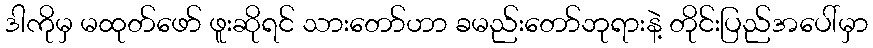
ဒါကိုမှ မထုတ်ဖော် ဖူးဆိုရင် သားတော်ဟာ ခမည်းတော်ဘုရားနဲ့ တိုင်းပြည်အပေါ်မှာ